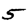
Digit: 5